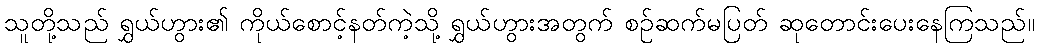
သူတို့သည် ရွှယ်ဟွား၏ ကိုယ်စောင့်နတ်ကဲ့သို့ ရွှယ်ဟွားအတွက် စဉ်ဆက်မပြတ် ဆုတောင်းပေးနေကြသည်။